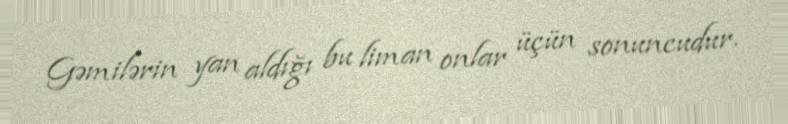
Gəmilərin yan aldığı bu liman onlar üçün sonuncudur.